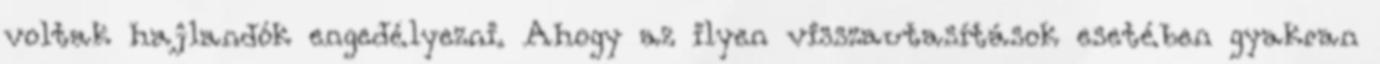
voltak hajlandók engedélyezni. Ahogy az ilyen visszautasítások esetében gyakran